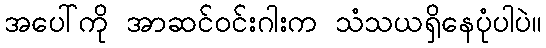
အပေါ်ကို အာဆင်ဝင်းဂါးက သံသယရှိနေပုံပါပဲ။